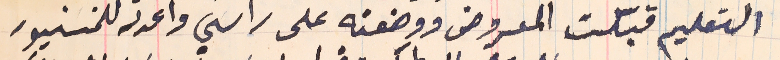
التعليم قبلت المعروض ووضعته على راسَي واعدته للمنسنيور